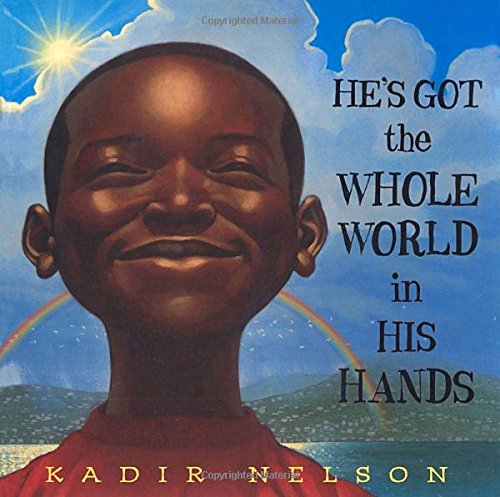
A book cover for He's Got the Whole World in His Hands; Kadir Nelson; Sports & Outdoors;